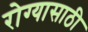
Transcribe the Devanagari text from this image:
रोग्यासाठी